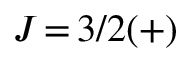
J \, { = } \, 3 / 2 ( + )